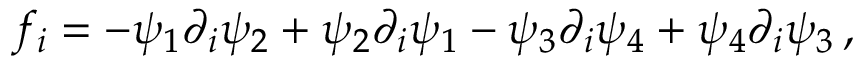
f _ { i } = - \psi _ { 1 } \partial _ { i } \psi _ { 2 } + \psi _ { 2 } \partial _ { i } \psi _ { 1 } - \psi _ { 3 } \partial _ { i } \psi _ { 4 } + \psi _ { 4 } \partial _ { i } \psi _ { 3 } \, ,